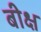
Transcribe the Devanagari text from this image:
बीक्ष